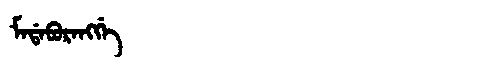
Manchu: ᠮᠠᡩᠠᠪᡠᡵᠠᠩᡤᡝ
Romanization: MADABURANGGE